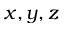
x , y , z